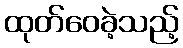
ထုတ်ဝေခဲ့သည့်